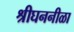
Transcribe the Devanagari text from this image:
श्रीघननीळा